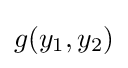
g(y_{1},y_{2})